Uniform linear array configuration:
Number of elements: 8
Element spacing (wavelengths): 0.5
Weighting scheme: hamming
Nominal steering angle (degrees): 0
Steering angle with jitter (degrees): -1.464
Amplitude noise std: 0.05
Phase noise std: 0.05

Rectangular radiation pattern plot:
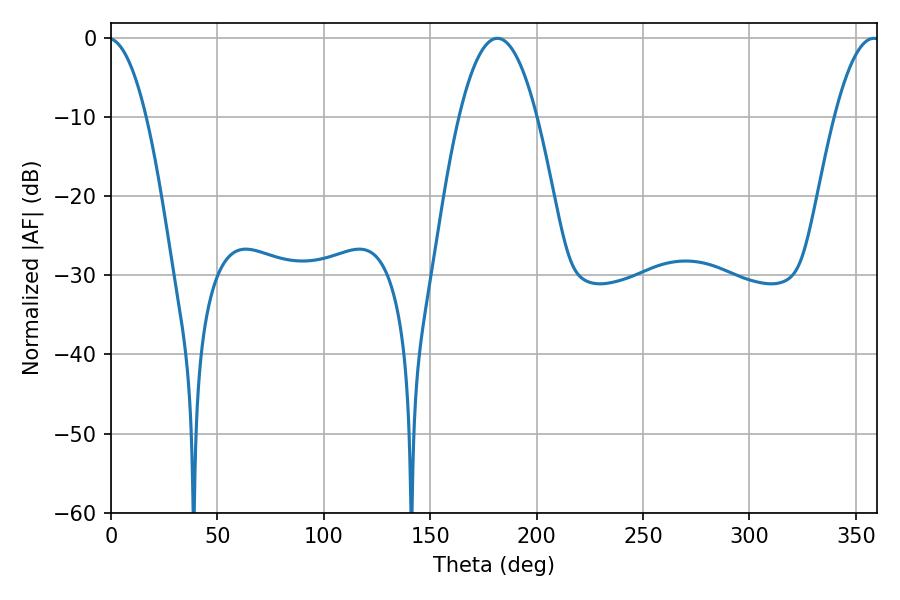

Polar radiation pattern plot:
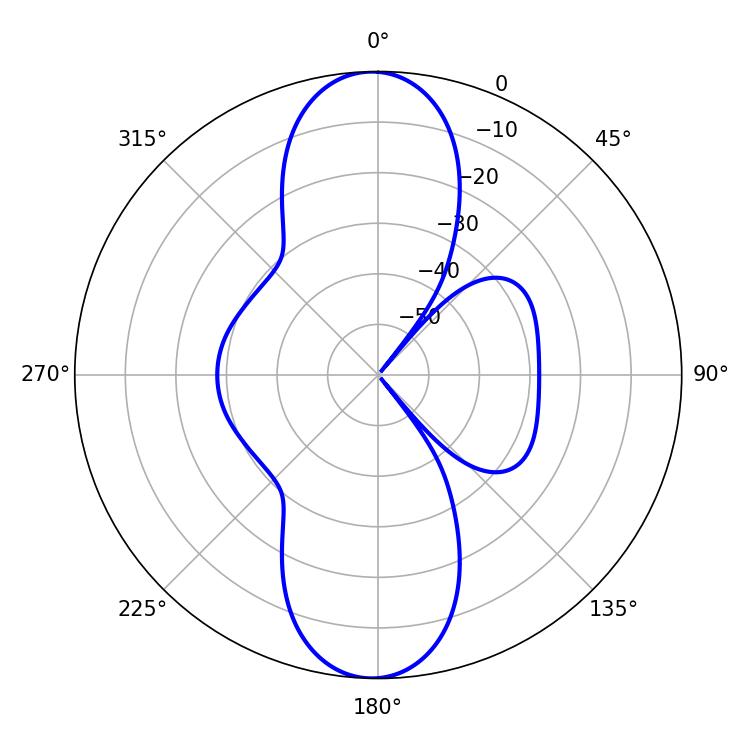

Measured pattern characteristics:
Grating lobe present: FALSE
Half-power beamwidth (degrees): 20.16
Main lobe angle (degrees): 181.62